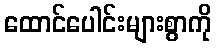
ထောင်ပေါင်းများစွာကို